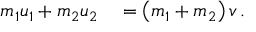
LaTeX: \begin{array} { r l } { m _ { 1 } u _ { 1 } + m _ { 2 } u _ { 2 } } & { { } = \left( m _ { 1 } + m _ { 2 } \right) v \, . } \end{array}